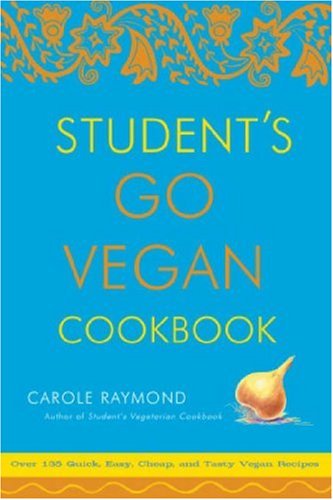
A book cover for Student's Go Vegan Cookbook: Over 135 Quick, Easy, Cheap, and Tasty Vegan Recipes; Carole Raymond; Cookbooks, Food & Wine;